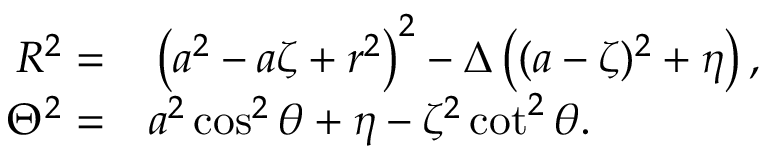
\begin{array} { r l } { { \cal R } ^ { 2 } = } & { { } \left( a ^ { 2 } - a \zeta + r ^ { 2 } \right) ^ { 2 } - \Delta \left( ( a - \zeta ) ^ { 2 } + \eta \right) , } \\ { \Theta ^ { 2 } = } & { { } a ^ { 2 } \cos ^ { 2 } \theta + \eta - \zeta ^ { 2 } \cot ^ { 2 } \theta . } \end{array}